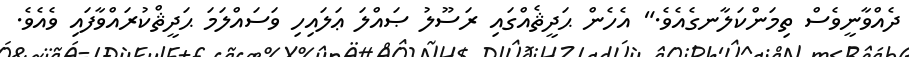
ދެއްވާނީވެސް ތިމަންކަލާނގެއެވެ." އެހެން ޙަދީޘެއްގައި ރަސޫލު ޞައްލަ ޢަލައިހި ވަސައްލަމަ ޙަދީޘްކުރައްވާފައި ވެއެވެ.